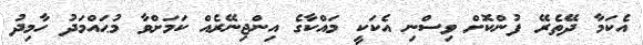
އެކަމާ ދޭތެރޭ ފުންކޮށް ވިސްނި އެކަކީ މައްކާގެ އިންޖިނޭރެއް ކަަމަށްވާ މުޙައްމަދު ހާމިދު